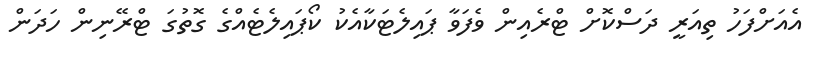
އެއަށްފަހު ތިއަރީ ދަސްކޮށް ޓްރެއިން ވެފަވާ ޕައިލެޓަކާއެކު ކޯޕައިލެޓެއްގެ ގޮތުގަ ޓްރޭނިން ހަދަން